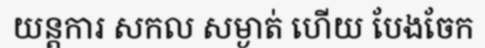
យន្តការ សកល សម្ងាត់ ហើយ បែងចែក